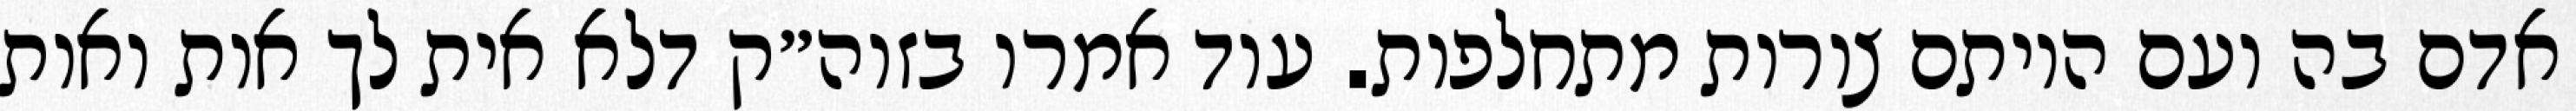
אדם בה ועם היותם צורות מתחלפות. עוד אמרו בזוה״ק דלא אית לך אות ואות